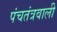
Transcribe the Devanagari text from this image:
पंचतंत्रवाली